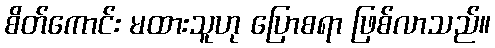
စိတ်ကောင်း မထားသူဟု ပြောစရာ ဖြစ်လာသည်။